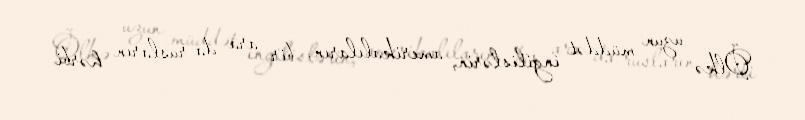
Ölkə uzun müddət ingilislərin, amerikalıların, bir ara da rusların hərbi